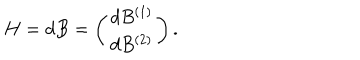
H = d B = \left( \begin{array} { c c } { { d B ^ { ( 1 ) } } } \\ { { d B ^ { ( 2 ) } } } \\ \end{array} \right) .